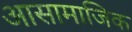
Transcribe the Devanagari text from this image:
आसामाजिक